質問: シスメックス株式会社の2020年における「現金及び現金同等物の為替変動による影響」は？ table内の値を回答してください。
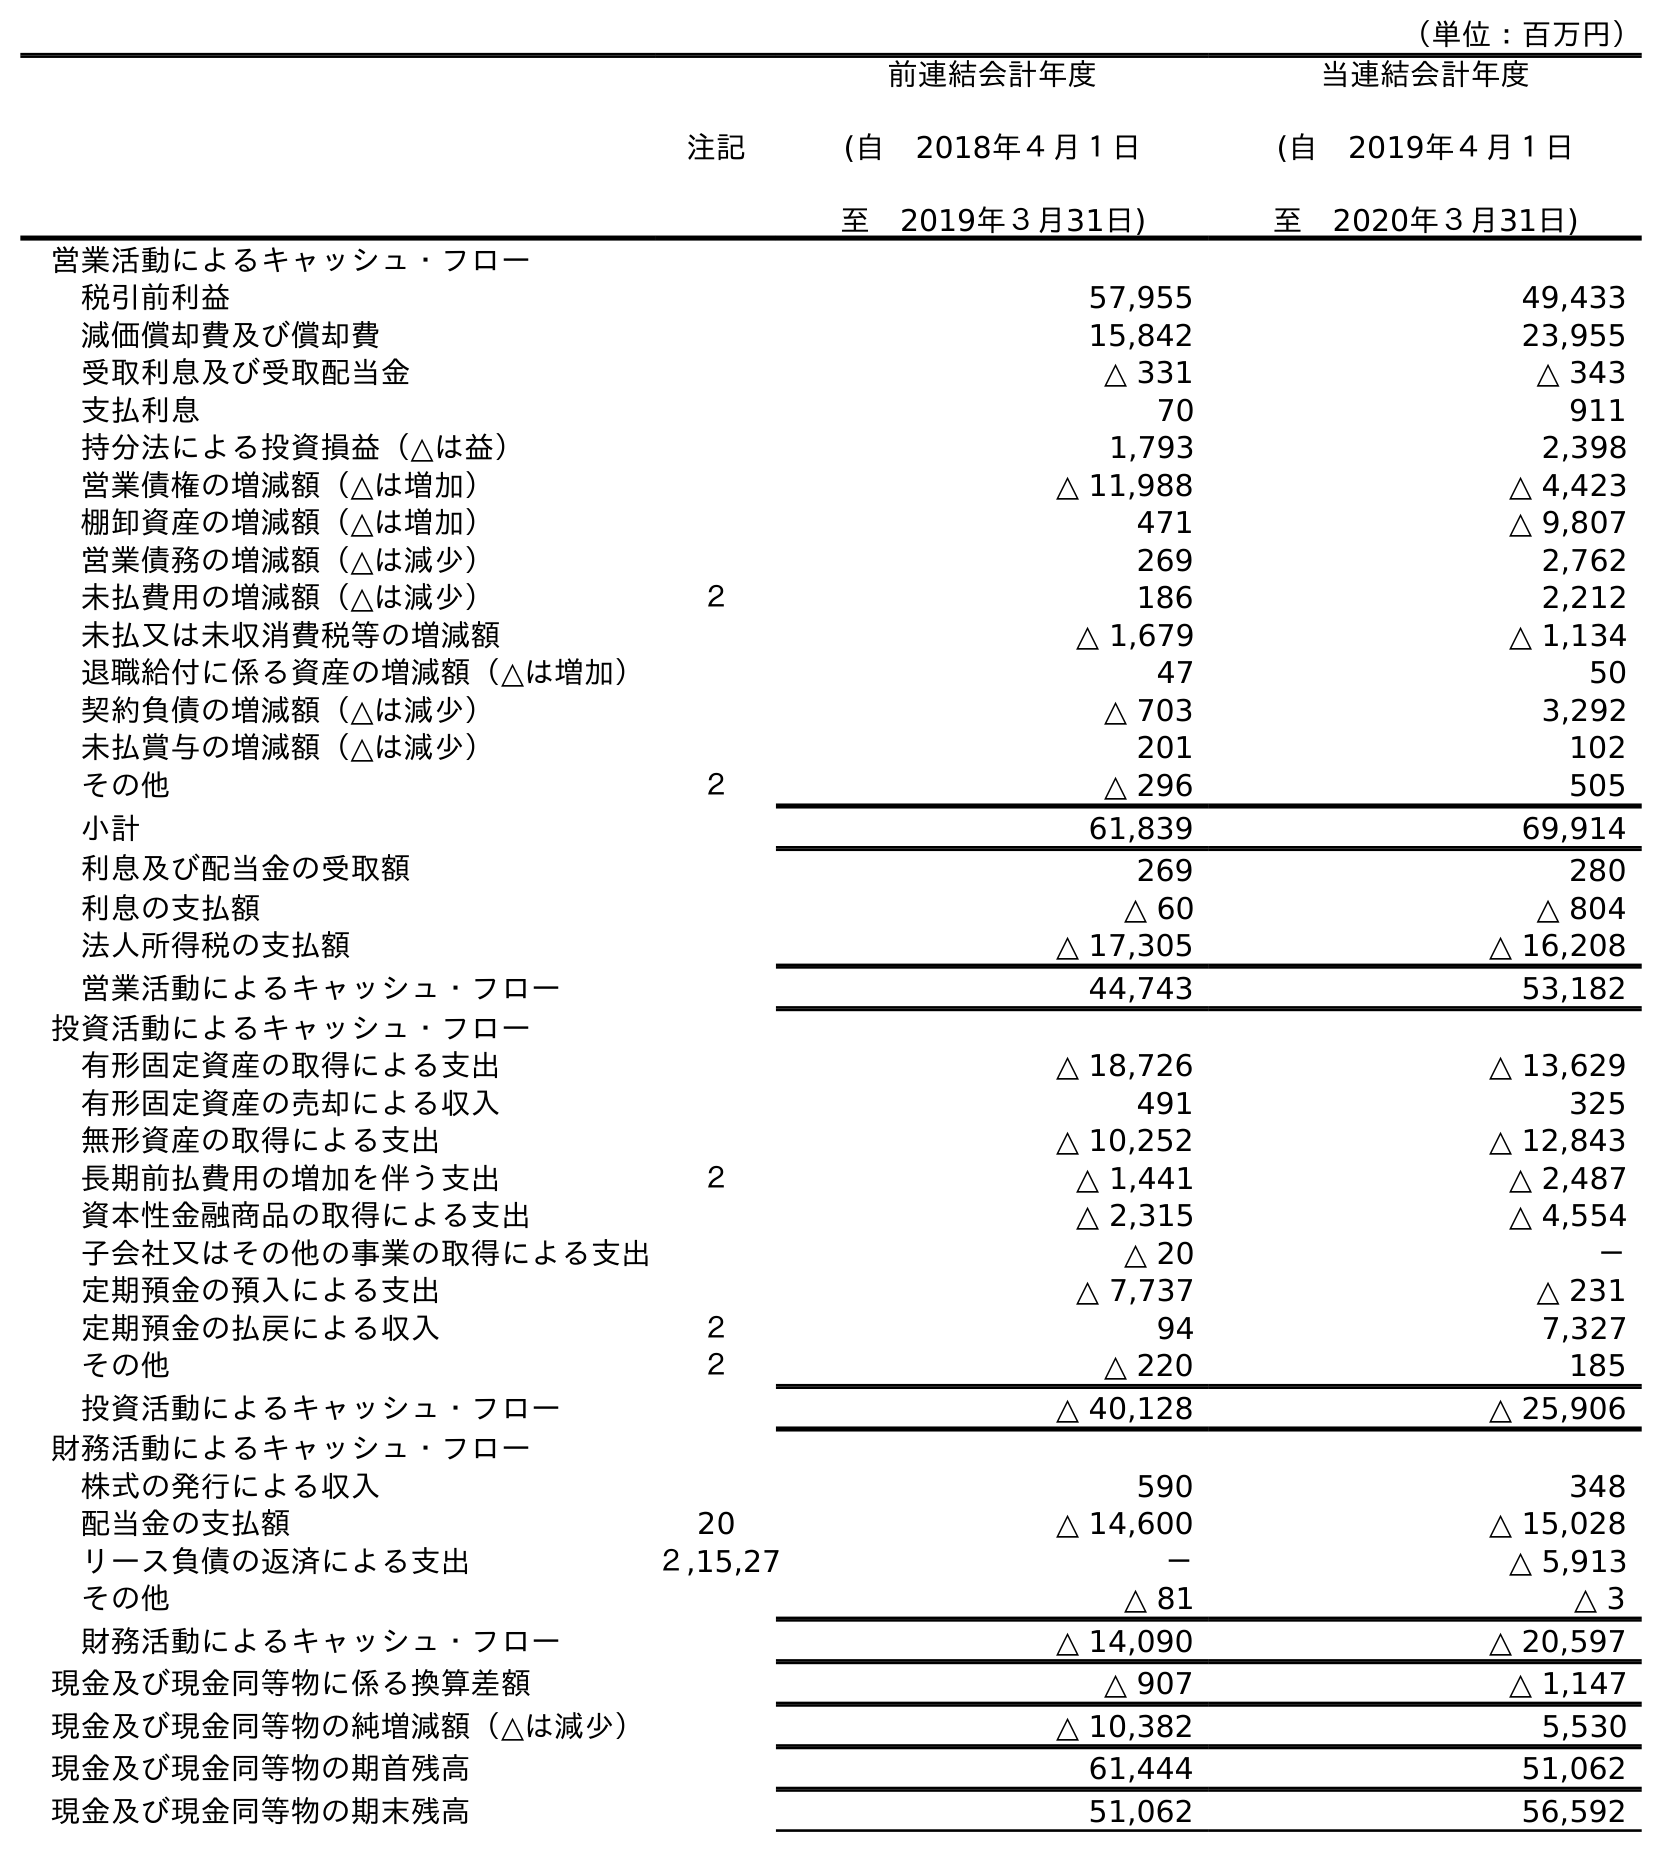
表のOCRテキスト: （単位：百万円） 注記 前連結会計年度 (自 2018年４月１日 至 2019年３月31日) 当連結会計年度 (自 2019年４月１日 至 2020年３月31日) 営業活動によるキャッシュ・フロー 税引前利益 57,955 49,433 減価償却費及び償却費 15,842 23,955 受取利息及び受取配当金 △ 331 △ 343 支払利息 70 911 持分法による投資損益（△は益） 1,793 2,398 営業債権の増減額（△は増加） △ 11,988 △ 4,423 棚卸資産の増減額（△は増加） 471 △ 9,807 営業債務の増減額（△は減少） 269 2,762 未払費用の増減額（△は減少） ２ 186 2,212 未払又は未収消費税等の増減額 △ 1,679 △ 1,134 退職給付に係る資産の増減額（△は増加） 47 50 契約負債の増減額（△は減少） △ 703 3,292 未払賞与の増減額（△は減少） 201 102 その他 ２ △ 296 505 小計 61,839 69,914 利息及び配当金の受取額 269 280 利息の支払額 △ 60 △ 804 法人所得税の支払額 △ 17,305 △ 16,208 営業活動によるキャッシュ・フロー 44,743 53,182 投資活動によるキャッシュ・フロー 有形固定資産の取得による支出 △ 18,726 △ 13,629 有形固定資産の売却による収入 491 325 無形資産の取得による支出 △ 10,252 △ 12,843 長期前払費用の増加を伴う支出 ２ △ 1,441 △ 2,487 資本性金融商品の取得による支出 △ 2,315 △ 4,554 子会社又はその他の事業の取得による支出 △ 20 － 定期預金の預入による支出 △ 7,737 △ 231 定期預金の払戻による収入 ２ 94 7,327 その他 ２ △ 220 185 投資活動によるキャッシュ・フロー △ 40,128 △ 25,906 財務活動によるキャッシュ・フロー 株式の発行による収入 590 348 配当金の支払額 20 △ 14,600 △ 15,028 リース負債の返済による支出 ２,15,27 － △ 5,913 その他 △ 81 △ 3 財務活動によるキャッシュ・フロー △ 14,090 △ 20,597 現金及び現金同等物に係る換算差額 △ 907 △ 1,147 現金及び現金同等物の純増減額（△は減少） △ 10,382 5,530 現金及び現金同等物の期首残高 61,444 51,062 現金及び現金同等物の期末残高 51,062 56,592
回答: △1,147